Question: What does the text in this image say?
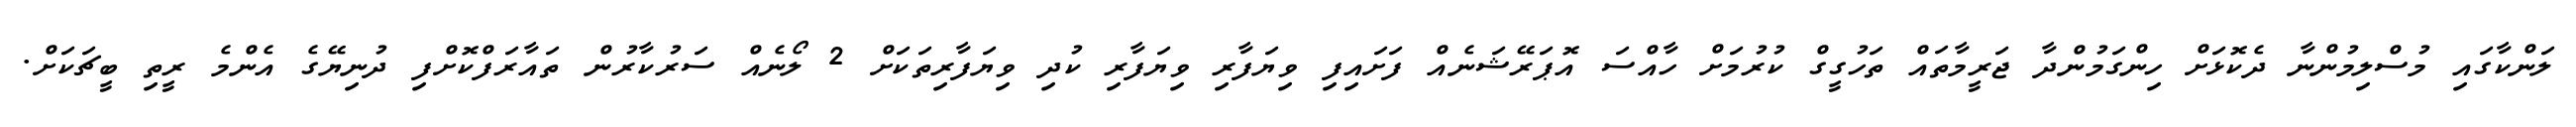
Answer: ލަންކާގައި މުސްލިމުންނާ ދެކޮޅަށް ހިންގަމުންދާ ޖަރީމާތައް ތަހުގީގް ކުރުމަށް ހާއްސަ އޮޕަރޭޝަނެއް ފަށައިފި ވިޔަފާރި ވިޔަފާރި ކުދި ވިޔަފާރިތަކަށް 2 ލޯނެއް ސަރުކާރުން ތައާރަފްކޮށްފި ދުނިޔޭގެ އެންމެ ރީތި ބީޗަކަށް.